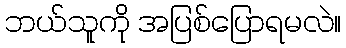
ဘယ်သူကို အပြစ်ပြောရမလဲ။